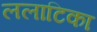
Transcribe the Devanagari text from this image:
ललाटिका